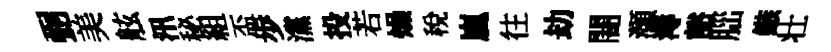
弼美舷汛秘組盃歩灙投若燥稅嵐往劫闇灝溽豁𦛁鏃壮